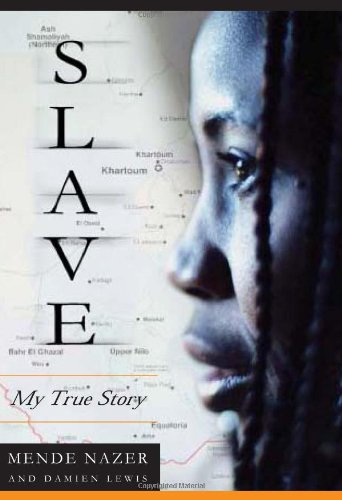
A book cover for Slave: My True Story; Mende Nazer; Biographies & Memoirs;